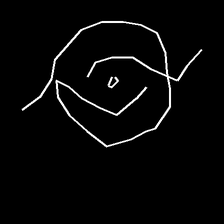
Glyph: repetition